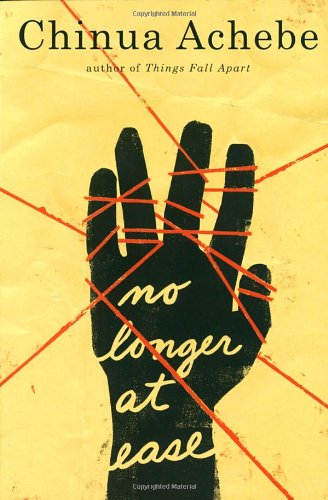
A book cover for No Longer at Ease; Chinua Achebe; Literature & Fiction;